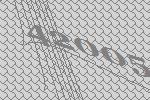
42005